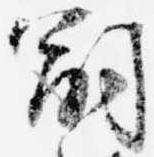
嗣